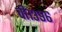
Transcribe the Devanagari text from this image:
वी१३९६